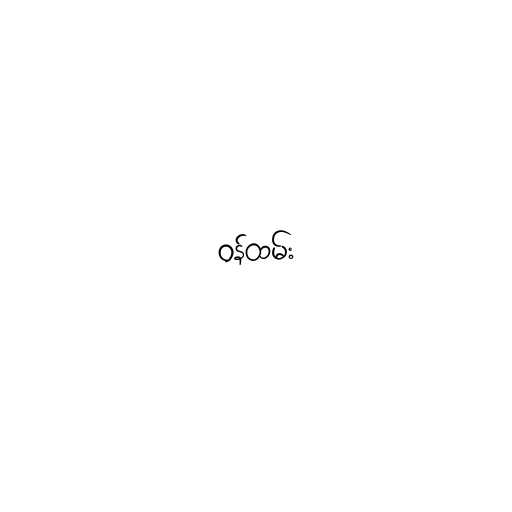
ဝန်ထမ်း